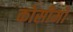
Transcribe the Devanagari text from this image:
कोसीमो